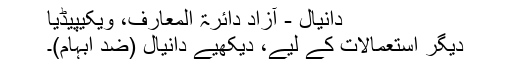
دانیال - آزاد دائرۃ المعارف، ویکیپیڈیا
دیگر استعمالات کے لیے، دیکھیے دانیال (ضد ابہام)۔